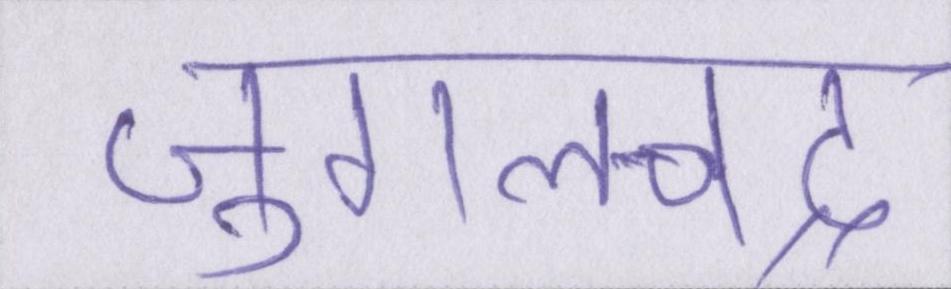
जुगलचंद्र